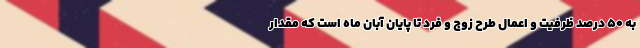
به ۵۰ درصد ظرفیت و اعمال طرح زوج و فرد تا پایان آبان ماه است که مقدار